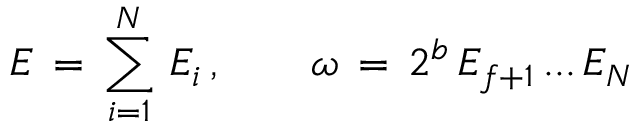
E \, = \, \sum _ { i = 1 } ^ { N } \, E _ { i } \, , \qquad \omega \, = \, 2 ^ { b } \, E _ { f + 1 } \, . . . \, E _ { N }